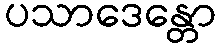
ပသာဒေန္တော